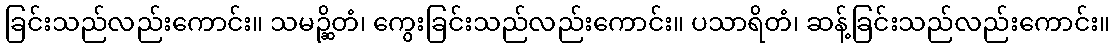
ခြင်းသည်လည်းကောင်း။ သမဉ္ဆိတံ၊ ကွေးခြင်းသည်လည်းကောင်း။ ပသာရိတံ၊ ဆန့်ခြင်းသည်လည်းကောင်း။